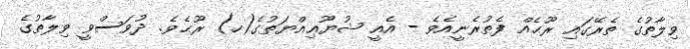
ވިލާތުގެ ތެރޭގައި ރޫޙެއް ފެތުރެނީއެވެ - އެއީ ޝުޔޫޢިއްޔަތުގެ(ހ) ރޫޙެވެ. ދުވަސްވީ ވިލާތުގެ